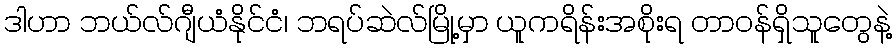
ဒါဟာ ဘယ်လ်ဂျီယံနိုင်ငံ၊ ဘရပ်ဆဲလ်မြို့မှာ ယူကရိန်းအစိုးရ တာဝန်ရှိသူတွေနဲ့